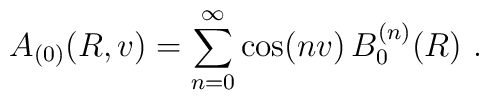
A_{(0)}(R,v) = \sum_{n=0}^\infty \cos(nv) \, B_0^{(n)} (R) \ .